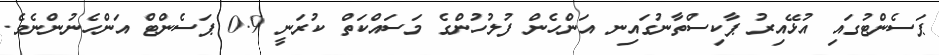
ޕަސެންޓުގައި އުޅޭއިރު ޕާކިސްތާނުގައިނ އަންހެން ފުލުހުންގެ މަސައްކަތް ކުރަނީ 0.9 ޕަސެންޓް އަންހެނުންނެވެ.